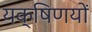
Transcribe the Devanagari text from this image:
यक्षिणयों